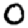
Digit: 0